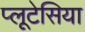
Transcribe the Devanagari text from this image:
प्लूटेसिया